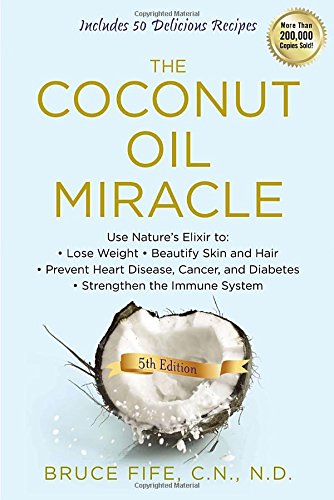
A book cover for The Coconut Oil Miracle, 5th Edition; Bruce Fife; Medical Books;